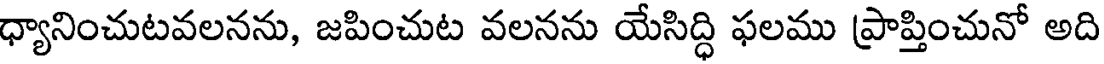
ధ్యానించుటవలనను, జపించుట వలనను యేసిద్ధి ఫలము ప్రాప్తించునో అది